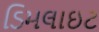
ડિમલાઇટ